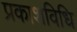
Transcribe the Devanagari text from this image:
प्रकाशविधि